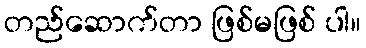
တည်ဆောက်တာ ဖြစ်မဖြစ် ပါ။